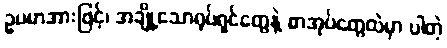
ဥပမာအားဖြင့်၊ အချို့သောရုပ်ရှင်တွေနဲ့ စာအုပ်တွေထဲမှာ ပါတဲ့